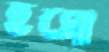
হমো